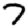
Digit: 7